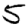
Digit: 5